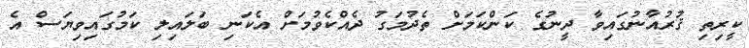
ކީރިތި ޤުރުއާނުގައިވާ ދީނުގެ ކަންކަމަށް ތެދުމަގު ދެއްކެވުމަށް އެކަނި ބަލައިލި ކަމުގައިވިޔަސް އެ